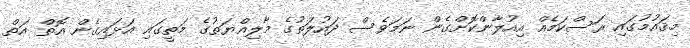
މިޤައުމުގައި ރަސްކަމެއް އިއުލާންކޮށްގެން ނަމަވެސް ދައުލަތުގެ މާލިއްޔަތުގެ މަތީގައި އަޅައިގެން އޮތް އަތް